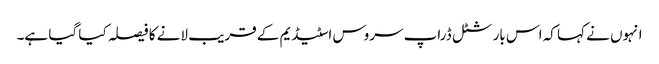
انہوں نے کہا کہ اس بار شٹل ڈراپ سروس اسٹیڈیم کے قریب لانے کا فیصلہ کیا گیا ہے۔